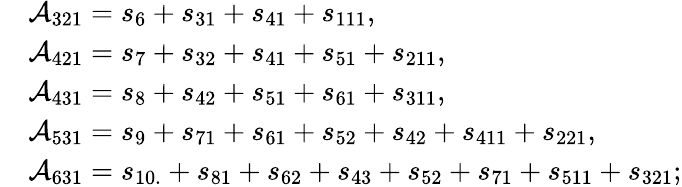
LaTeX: \begin{array}{rl}&{\mathcal{A}_{321}=s_{6}+s_{31}+s_{41}+s_{111},}\\ &{\mathcal{A}_{421}=s_{7}+s_{32}+s_{41}+s_{51}+s_{211},}\\ &{\mathcal{A}_{431}=s_{8}+s_{42}+s_{51}+s_{61}+s_{311},}\\ &{\mathcal{A}_{531}=s_{9}+s_{71}+s_{61}+s_{52}+s_{42}+s_{411}+s_{221},}\\ &{\mathcal{A}_{631}=s_{10.}+s_{81}+s_{62}+s_{43}+s_{52}+s_{71}+s_{511}+s_{321};}\end{array}